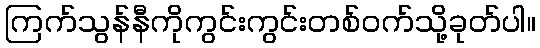
ကြက်သွန်နီကိုကွင်းကွင်းတစ်ဝက်သို့ခုတ်ပါ။